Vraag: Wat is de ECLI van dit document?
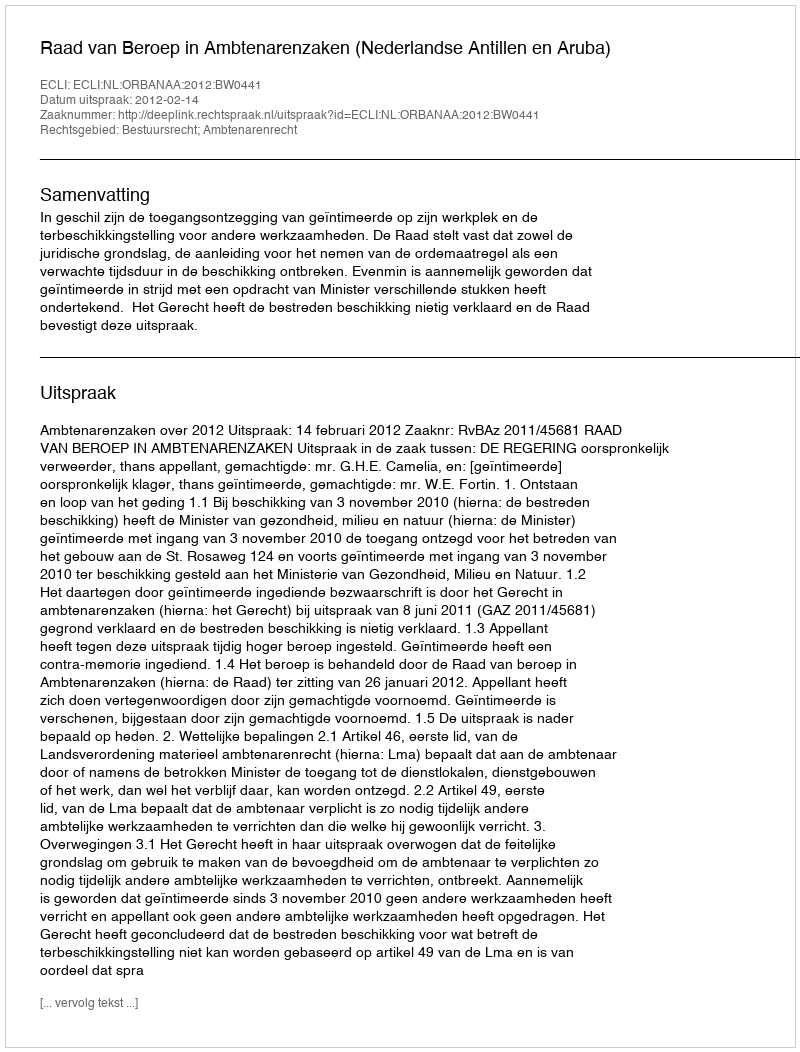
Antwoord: ECLI:NL:ORBANAA:2012:BW0441